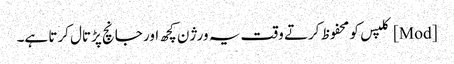
[Mod] کلپس کو محفوظ کرتے وقت یہ ورژن کچھ اور جانچ پڑتال کرتا ہے۔